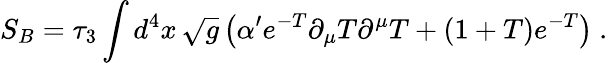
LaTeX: S_{B}=\tau_{3}\int d^{4}x\, \sqrt{g}\left(\alpha^{\prime}e^{-T}\partial_{\mu}{T}\partial^{\mu}{T}+(1+T)e^{-T}\right)\ .